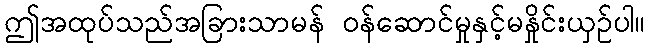
ဤအထုပ်သည်အခြားသာမန် ဝန်ဆောင်မှုနှင့်မနှိုင်းယှဉ်ပါ။